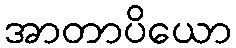
အာတာပိယော